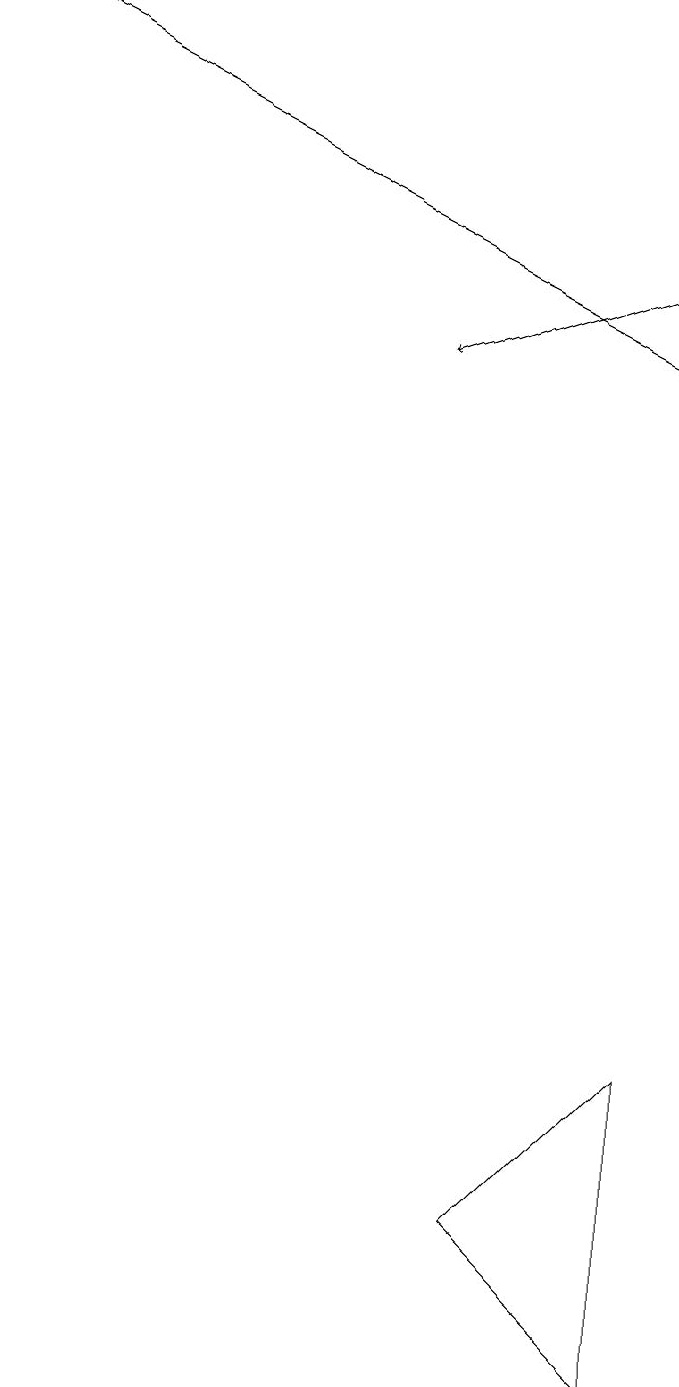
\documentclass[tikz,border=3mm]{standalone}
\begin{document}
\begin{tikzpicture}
\draw (6,2) -- (8,4) -- (8,0) -- cycle;
\draw[->] (0,17) -- (8,13);
\draw[->] (8,14) -- (5,13);
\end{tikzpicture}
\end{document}